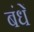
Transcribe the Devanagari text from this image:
बंधें